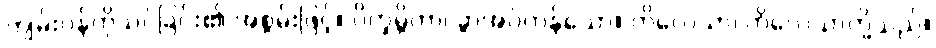
ကျမ်းဂန်ကိုသင်ခြင်း၏ အစွမ်းဖြင့်။ ဝိက္ခမ္ဘိတာ၊ ခွာအပ်ကုန်သော။ ကိလေသာ၊ ကိလေသာတို့သည်။